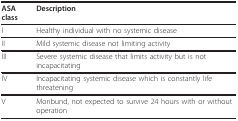
<table><thead><tr><td><b>ASA class</b></td><td><b>Description</b></td></tr></thead><tbody><tr><td>I</td><td>Healthy individual with no systemic disease</td></tr><tr><td>II</td><td>Mild systemic disease not limiting activity</td></tr><tr><td>III</td><td>Severe systemic disease that limits activity but is not incapacitating</td></tr><tr><td>IV</td><td>Incapacitating systemic disease which is constantly life threatening</td></tr><tr><td>V</td><td>Moribund, not expected to survive 24 hours with or without operation</td></tr></tbody></table>